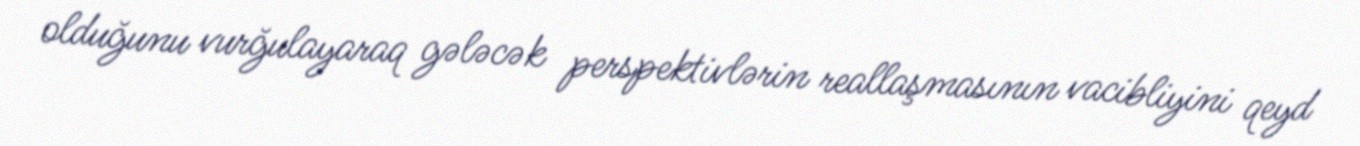
olduğunu vurğulayaraq gələcək perspektivlərin reallaşmasının vacibliyini qeyd